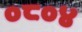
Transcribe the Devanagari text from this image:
०८०४